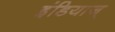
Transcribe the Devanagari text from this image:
इंडियाज्